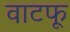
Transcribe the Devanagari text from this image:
वाटफू